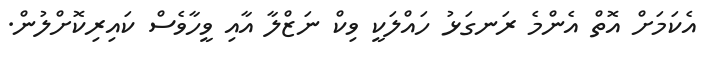
އެކަމަށް އޮތް އެންމެ ރަނގަޅު ހައްލަކީ ވިކް ނަޒްލާ އާއި ވީހާވެސް ކައިރިކޮށްލުން.